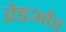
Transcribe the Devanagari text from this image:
रेडऔर